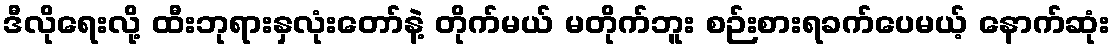
ဒီလိုရေးလို့ ထီးဘုရားနှလုံးတော်နဲ့ တိုက်မယ် မတိုက်ဘူး စဉ်းစားရခက်ပေမယ့် နောက်ဆုံး